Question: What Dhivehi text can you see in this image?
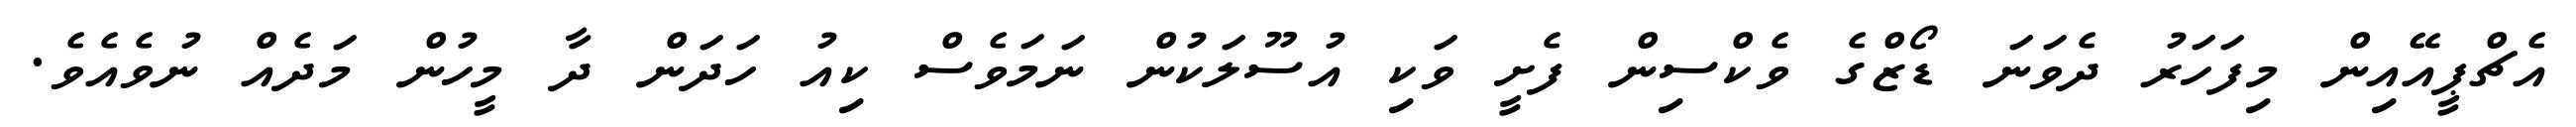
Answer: އެޗްޕީއޭއިން މިފަހަރު ދެވަނަ ޑޯޒްގެ ވެކްސިން ފެށީ ވަކި އުސޫލަކުން ނަމަވެސް ކިއު ހަދަން ދާ މީހުން މަދެއް ނުވެއެވެ.